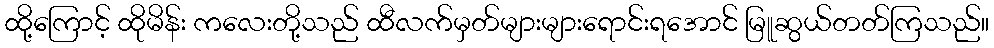
ထို့ကြောင့် ထိုမိန်း ကလေးတို့သည် ထီလက်မှတ်များများရောင်းရအောင် မြူဆွယ်တတ်ကြသည်။